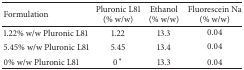
| Formulation | Pluronic L81 (% w/w) | Ethanol (% w/w) | Fluorescein Na (% w/w) |
 | --- | --- | --- | --- |
 | 1.22% w/w Pluronic L81 | 1.22 | 13.3 | 0.04 |
 | 5.45% w/w Pluronic L81 | 5.45 | 13.4 | 0.04 |
 | 0% w/w Pluronic L81 | 0* | 13.3 | 0.04 |